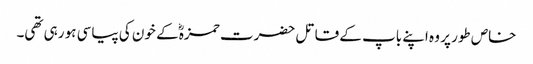
خاص طور پر وہ اپنے باپ کے قاتل حضرت حمزہؓ کے خون کی پیاسی ہو رہی تھی۔